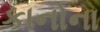
કાનોના